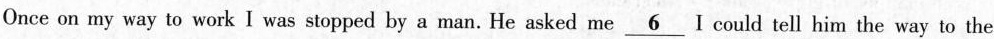
Once on my way to work I was stopped by a man.He asked me \underline{6} I could tell him the way to the